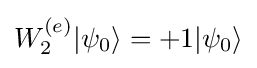
W_{2}^{(e)}|\psi _{0}\rangle =+1|\psi _{0}\rangle